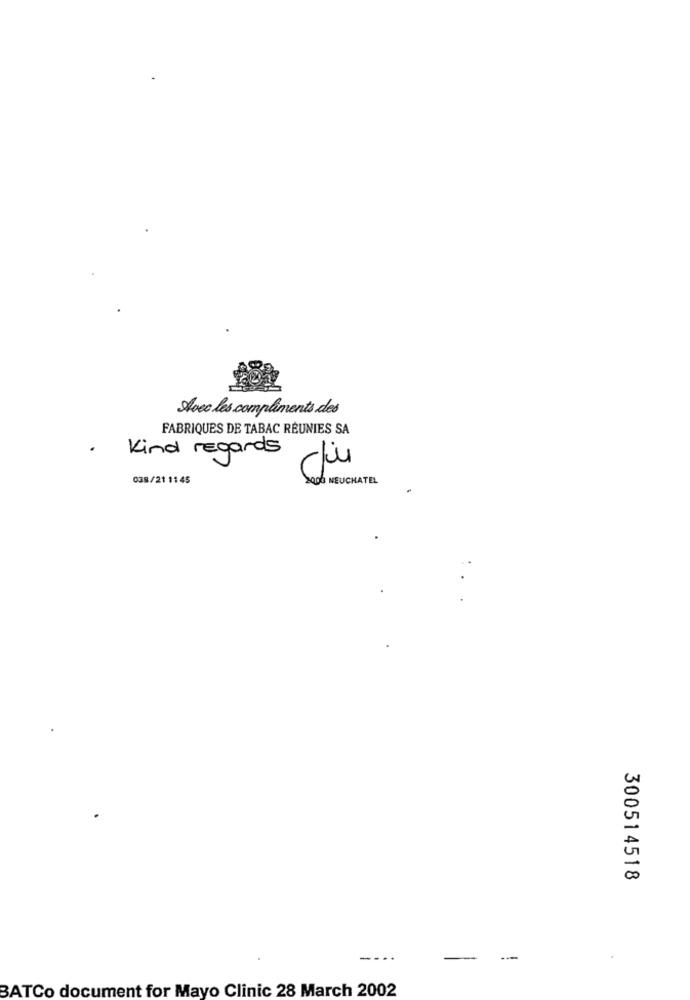
Avec les compliments des
FABRIQUES DE TABAC RÉUNIES SA
.
Kind regards
038/21 11:45
Sex NEUCHATEL
300514518
--
---
BATCo document for Mayo Clinic 28 March 2002